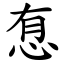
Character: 㤫